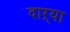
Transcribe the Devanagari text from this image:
दाऱ्या